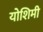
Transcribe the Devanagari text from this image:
योशिमी